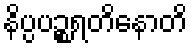
နိပ္ပပဉ္စရတိနောတိ